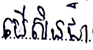
បើសិនជា